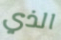
الذي